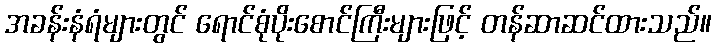
အခန်းနံရံများတွင် ရောင်စုံပိုးစောင်ကြီးများဖြင့် တန်ဆာဆင်ထားသည်။